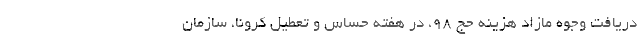
دریافت وجوه مازاد هزینه حج ۹۸، در هفته حساس و تعطیل کرونا، سازمان